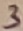
Text: 3